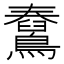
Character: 𪆊